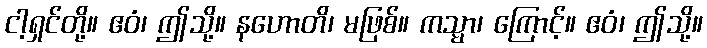
ငါ့ရှင်တို့။ ဧဝံ၊ ဤသို့။ နဟောတိ၊ မဖြစ်။ ကသ္မာ၊ ကြောင့်။ ဧဝံ၊ ဤသို့။